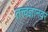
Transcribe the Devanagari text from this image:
तत्त्वज्ञानवर